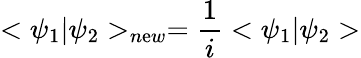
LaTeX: <\psi_{1}|\psi_{2}>_{n\mathrm{e}w}=\frac{{1}}{{i}}<\psi_{1}|\psi_{2}>